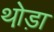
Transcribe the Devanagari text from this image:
थो़ड़ा